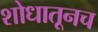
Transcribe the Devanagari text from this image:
शोधातूनच